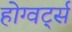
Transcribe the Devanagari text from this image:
होग्वर्ट्स